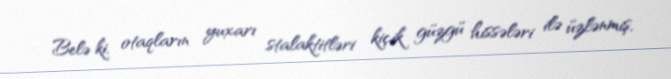
Belə ki, otaqların yuxarı stalaktitləri kiçik güzgü hissələri ilə üzlənmiş,